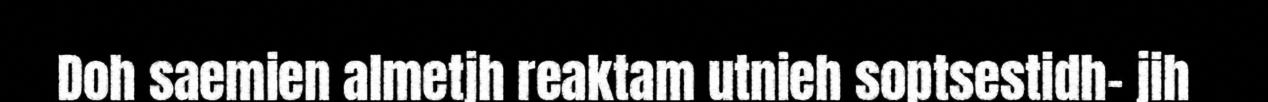
Doh saemien almetjh reaktam utnieh soptsestidh- jih